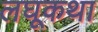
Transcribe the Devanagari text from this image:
लघूकथा